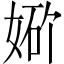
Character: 𪥾